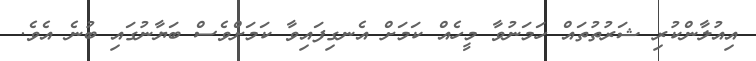
އިއުލާންކުރި ޝަރުތުތައް ހަމަނުވާ މީހެއް ކަމަށް އެނގިފައިވާ ކަަަމަށްވެސް ބަޔާނުގައި ބުނެ އެވެ.